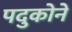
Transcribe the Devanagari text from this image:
पदुकोने